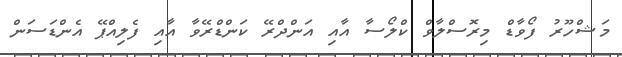
މަޝްހޫރު ފޯވާޑް މިރޮސްލާވް ކްލޯސާ އާއި އަންދްރޭ ކަންޑްރޭވާ އާއި ފެލިއްޕޭ އެންޑަސަން